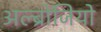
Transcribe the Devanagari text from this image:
अल्ब्रोजियो